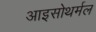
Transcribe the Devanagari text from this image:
आइसोथर्मल